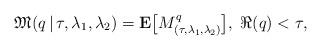
LaTeX: \begin{align*}\mathfrak{M}(q\,|\,\tau,\lambda_1,\lambda_2) = {\bf E}\bigl[M_{(\tau,\lambda_1,\lambda_2)}^q\bigr], \;\Re(q)<\tau,\end{align*}